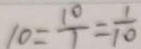
1 0 = \frac { 1 0 } { 1 } = \frac { 1 } { 1 0 }